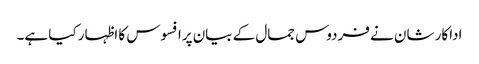
اداکار شان نے فردوس جمال کے بیان پرافسوس کا اظہار کیا ہے۔